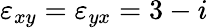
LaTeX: \varepsilon_{xy}=\varepsilon_{yx}=3-i